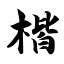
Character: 楷